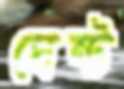
ঘেন্ট